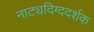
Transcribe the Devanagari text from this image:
नाट्यदिग्ददर्शक